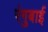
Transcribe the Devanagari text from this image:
रंगुबाई